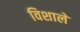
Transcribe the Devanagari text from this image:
विशाले